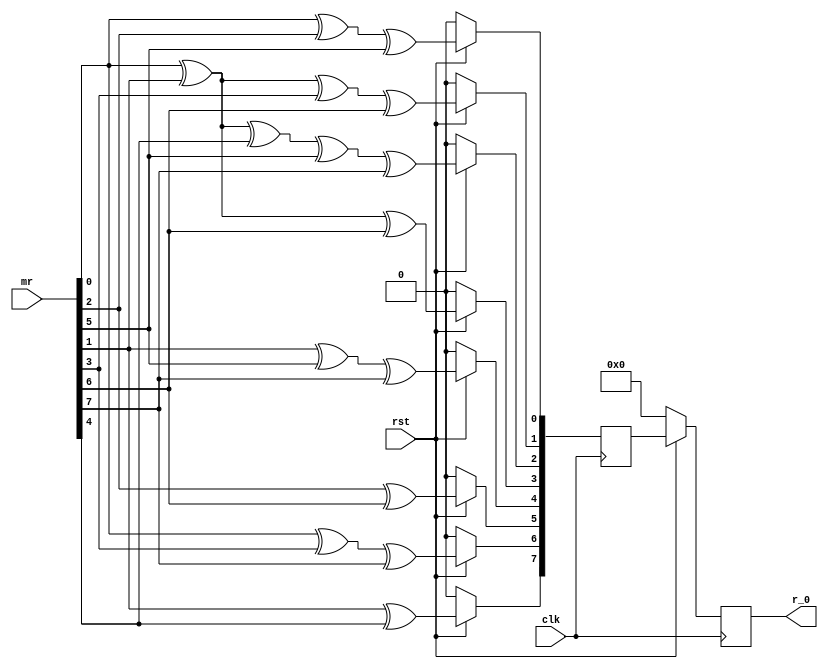
`timescale 1ns / 1ps


module mux_0(
    input clk,
	 input rst,
	 input[7:0] mr,
	 output[7:0] r_0
    );	 
 wire[7:0] a_0;
 reg[7:0] g_0; 
 reg[7:0] r0;
 
 assign a_0 = mr; 
 
 always @(posedge clk)
  begin
  if(!rst)
   begin
	g_0<=0;
	r0<=0;
	end
  else
   begin
    g_0[0]<=a_0[0]^a_0[2]^a_0[5];	
	 g_0[1]<=a_0[0]^a_0[1]^a_0[3]^a_0[6];	
	 g_0[2]<=a_0[0]^a_0[1]^a_0[4]^a_0[5]^a_0[7];	
    g_0[3]<=a_0[0]^a_0[1]^a_0[6];	
    g_0[4]<=a_0[1]^a_0[5]^a_0[7];	
	 g_0[5]<=a_0[2]^a_0[6];	
	 g_0[6]<=a_0[0]^a_0[3]^a_0[7];	
	 g_0[7]<=a_0[1]^a_0[4];
	 r0<= g_0;
	end
 end

 assign r_0 = r0;

endmodule